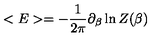
< E > = - { \frac { 1 } { 2 \pi } } \partial _ { \beta } \ln Z ( \beta )